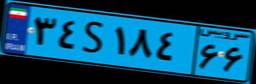
۳۴S۱۸۴۶۶